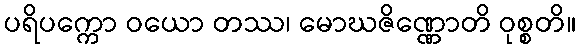
ပရိပက္ကော ဝယော တဿ၊ မောဃဇိဏ္ဏောတိ ဝုစ္စတိ။